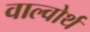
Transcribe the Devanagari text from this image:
वाल्वोर्थ